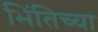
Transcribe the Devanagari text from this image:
भिंतिच्या